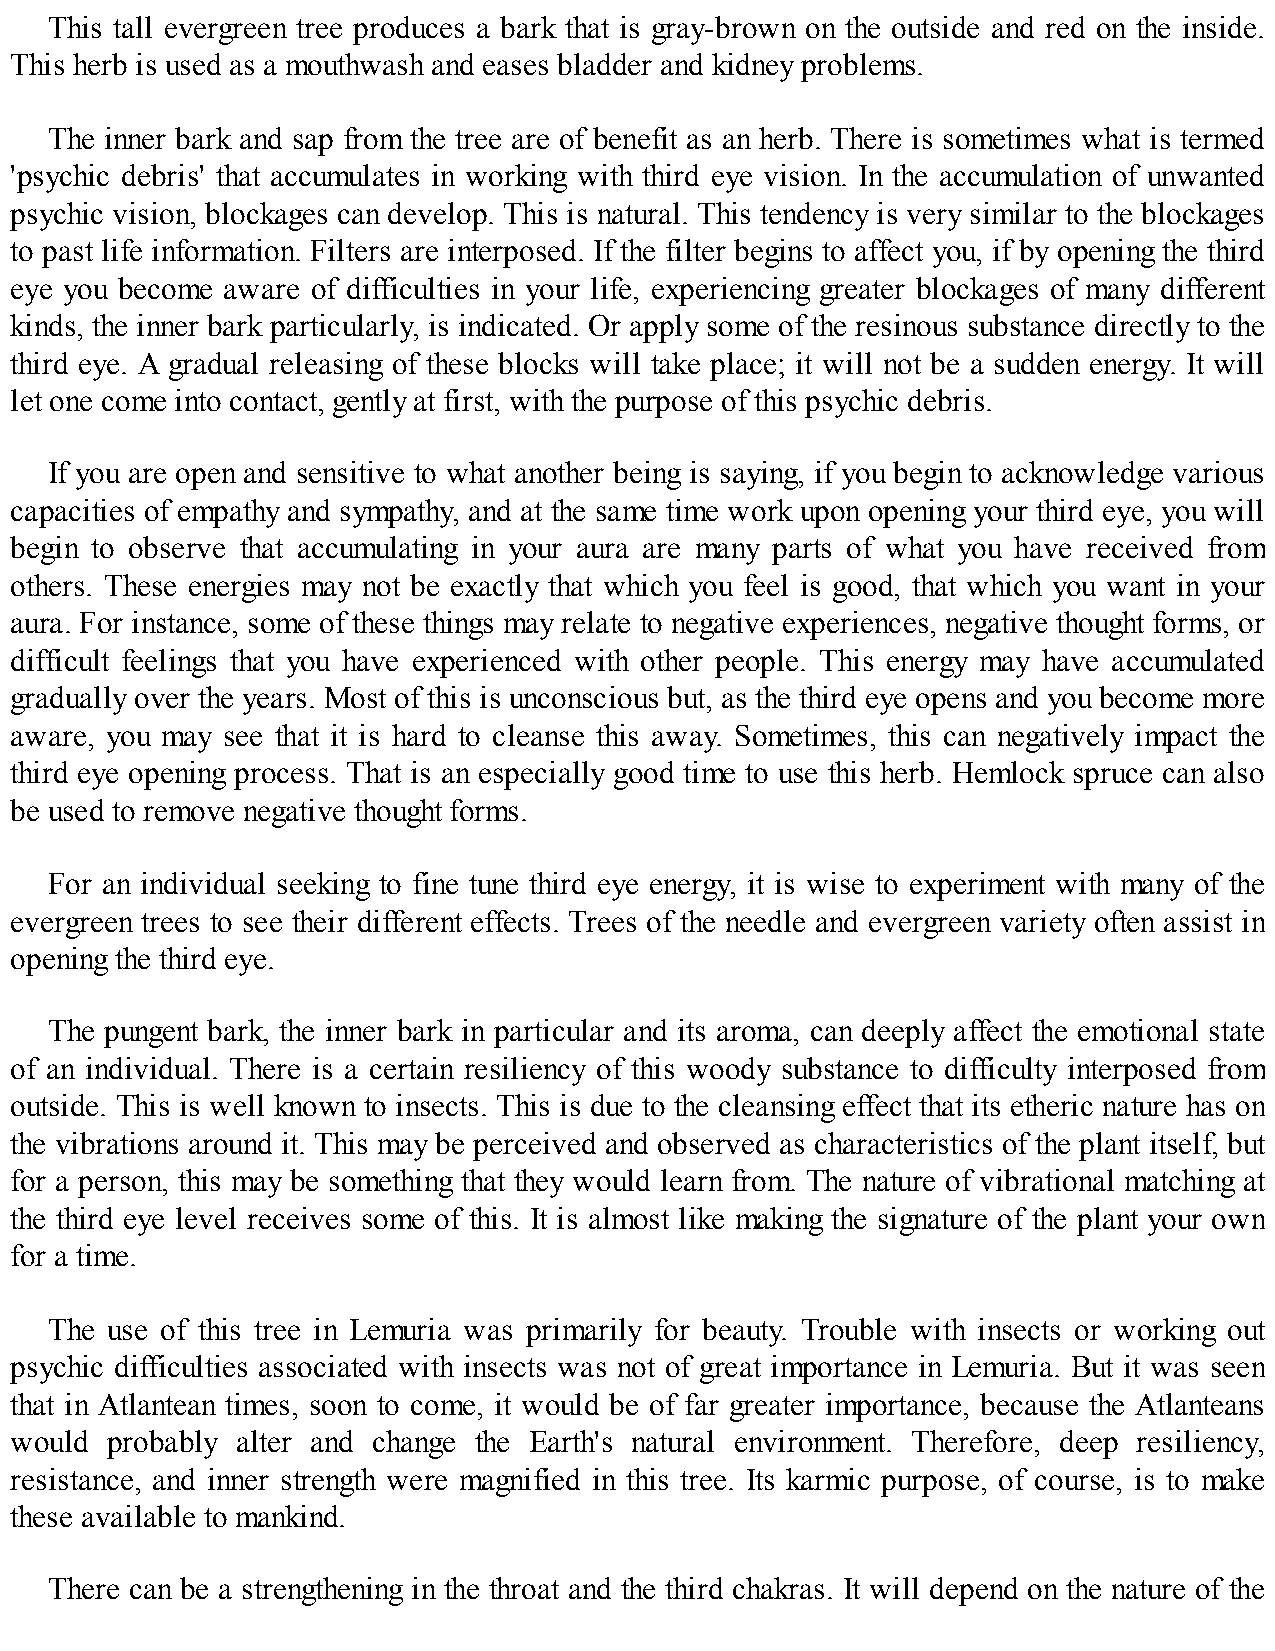
This tall evergreen tree produces a bark that is gray-brown on the outside and red on the inside.
 This herb is used as a mouthwash and eases bladder and kidney problems.
 The inner bark and sap from the tree are of benefit as an herb. There is sometimes what is termed
 'psychic debris' that accumulates in working with third eye vision. In the accumulation of unwanted
 psychic vision, blockages can develop. This is natural. This tendency is very similar to the blockages
 to past life information. Filters are interposed. If the filter begins to affect you, if by opening the third
 eye you become aware of difficulties in your life, experiencing greater blockages of many different
 kinds, the inner bark particularly, is indicated. Or apply some of the resinous substance directly to the
 third eye. A gradual releasing of these blocks will take place; it will not be a sudden energy. It will
 let one come into contact, gently at first, with the purpose of this psychic debris.
 If you are open and sensitive to what another being is saying, if you begin to acknowledge various
 capacities of empathy and sympathy, and at the same time work upon opening your third eye, you will
 begin to observe that accumulating in your aura are many parts of what you have received from
 others. These energies may not be exactly that which you feel is good, that which you want in your
 aura. For instance, some of these things may relate to negative experiences, negative thought forms, or
 difficult feelings that you have experienced with other people. This energy may have accumulated
 gradually over the years. Most of this is unconscious but, as the third eye opens and you become more
 aware, you may see that it is hard to cleanse this away. Sometimes, this can negatively impact the
 third eye opening process. That is an especially good time to use this herb. Hemlock spruce can also
 be used to remove negative thought forms.
 For an individual seeking to fine tune third eye energy, it is wise to experiment with many of the
 evergreen trees to see their different effects. Trees of the needle and evergreen variety often assist in
 opening the third eye.
 The pungent bark, the inner bark in particular and its aroma, can deeply affect the emotional state
 of an individual. There is a certain resiliency of this woody substance to difficulty interposed from
 outside. This is well known to insects. This is due to the cleansing effect that its etheric nature has on
 the vibrations around it. This may be perceived and observed as characteristics of the plant itself, but
 for a person, this may be something that they would learn from. The nature of vibrational matching at
 the third eye level receives some of this. It is almost like making the signature of the plant your own
 for a time.
 The use of this tree in Lemuria was primarily for beauty. Trouble with insects or working out
 psychic difficulties associated with insects was not of great importance in Lemuria. But it was seen
 that in Atlantean times, soon to come, it would be of far greater importance, because the Atlanteans
 would probably alter and change the Earth's natural environment. Therefore, deep resiliency,
 resistance, and inner strength were magnified in this tree. Its karmic purpose, of course, is to make
 these available to mankind.
 There can be a strengthening in the throat and the third chakras. It will depend on the nature of the